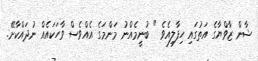
ޝާން ޒާވްޔާގެ އަތުގައި ހިފާލިއެވެ " ބުނީމެއްނު މަންމަގެ އެއްވެސް ވާހަކައެއް ނުދައްކާށޭ.